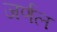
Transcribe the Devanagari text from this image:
जर्णल